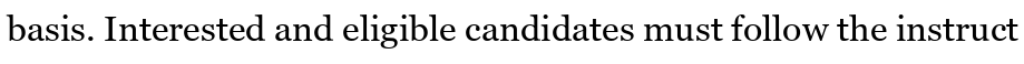
basis. Interested and eligible candidates must follow the instruct